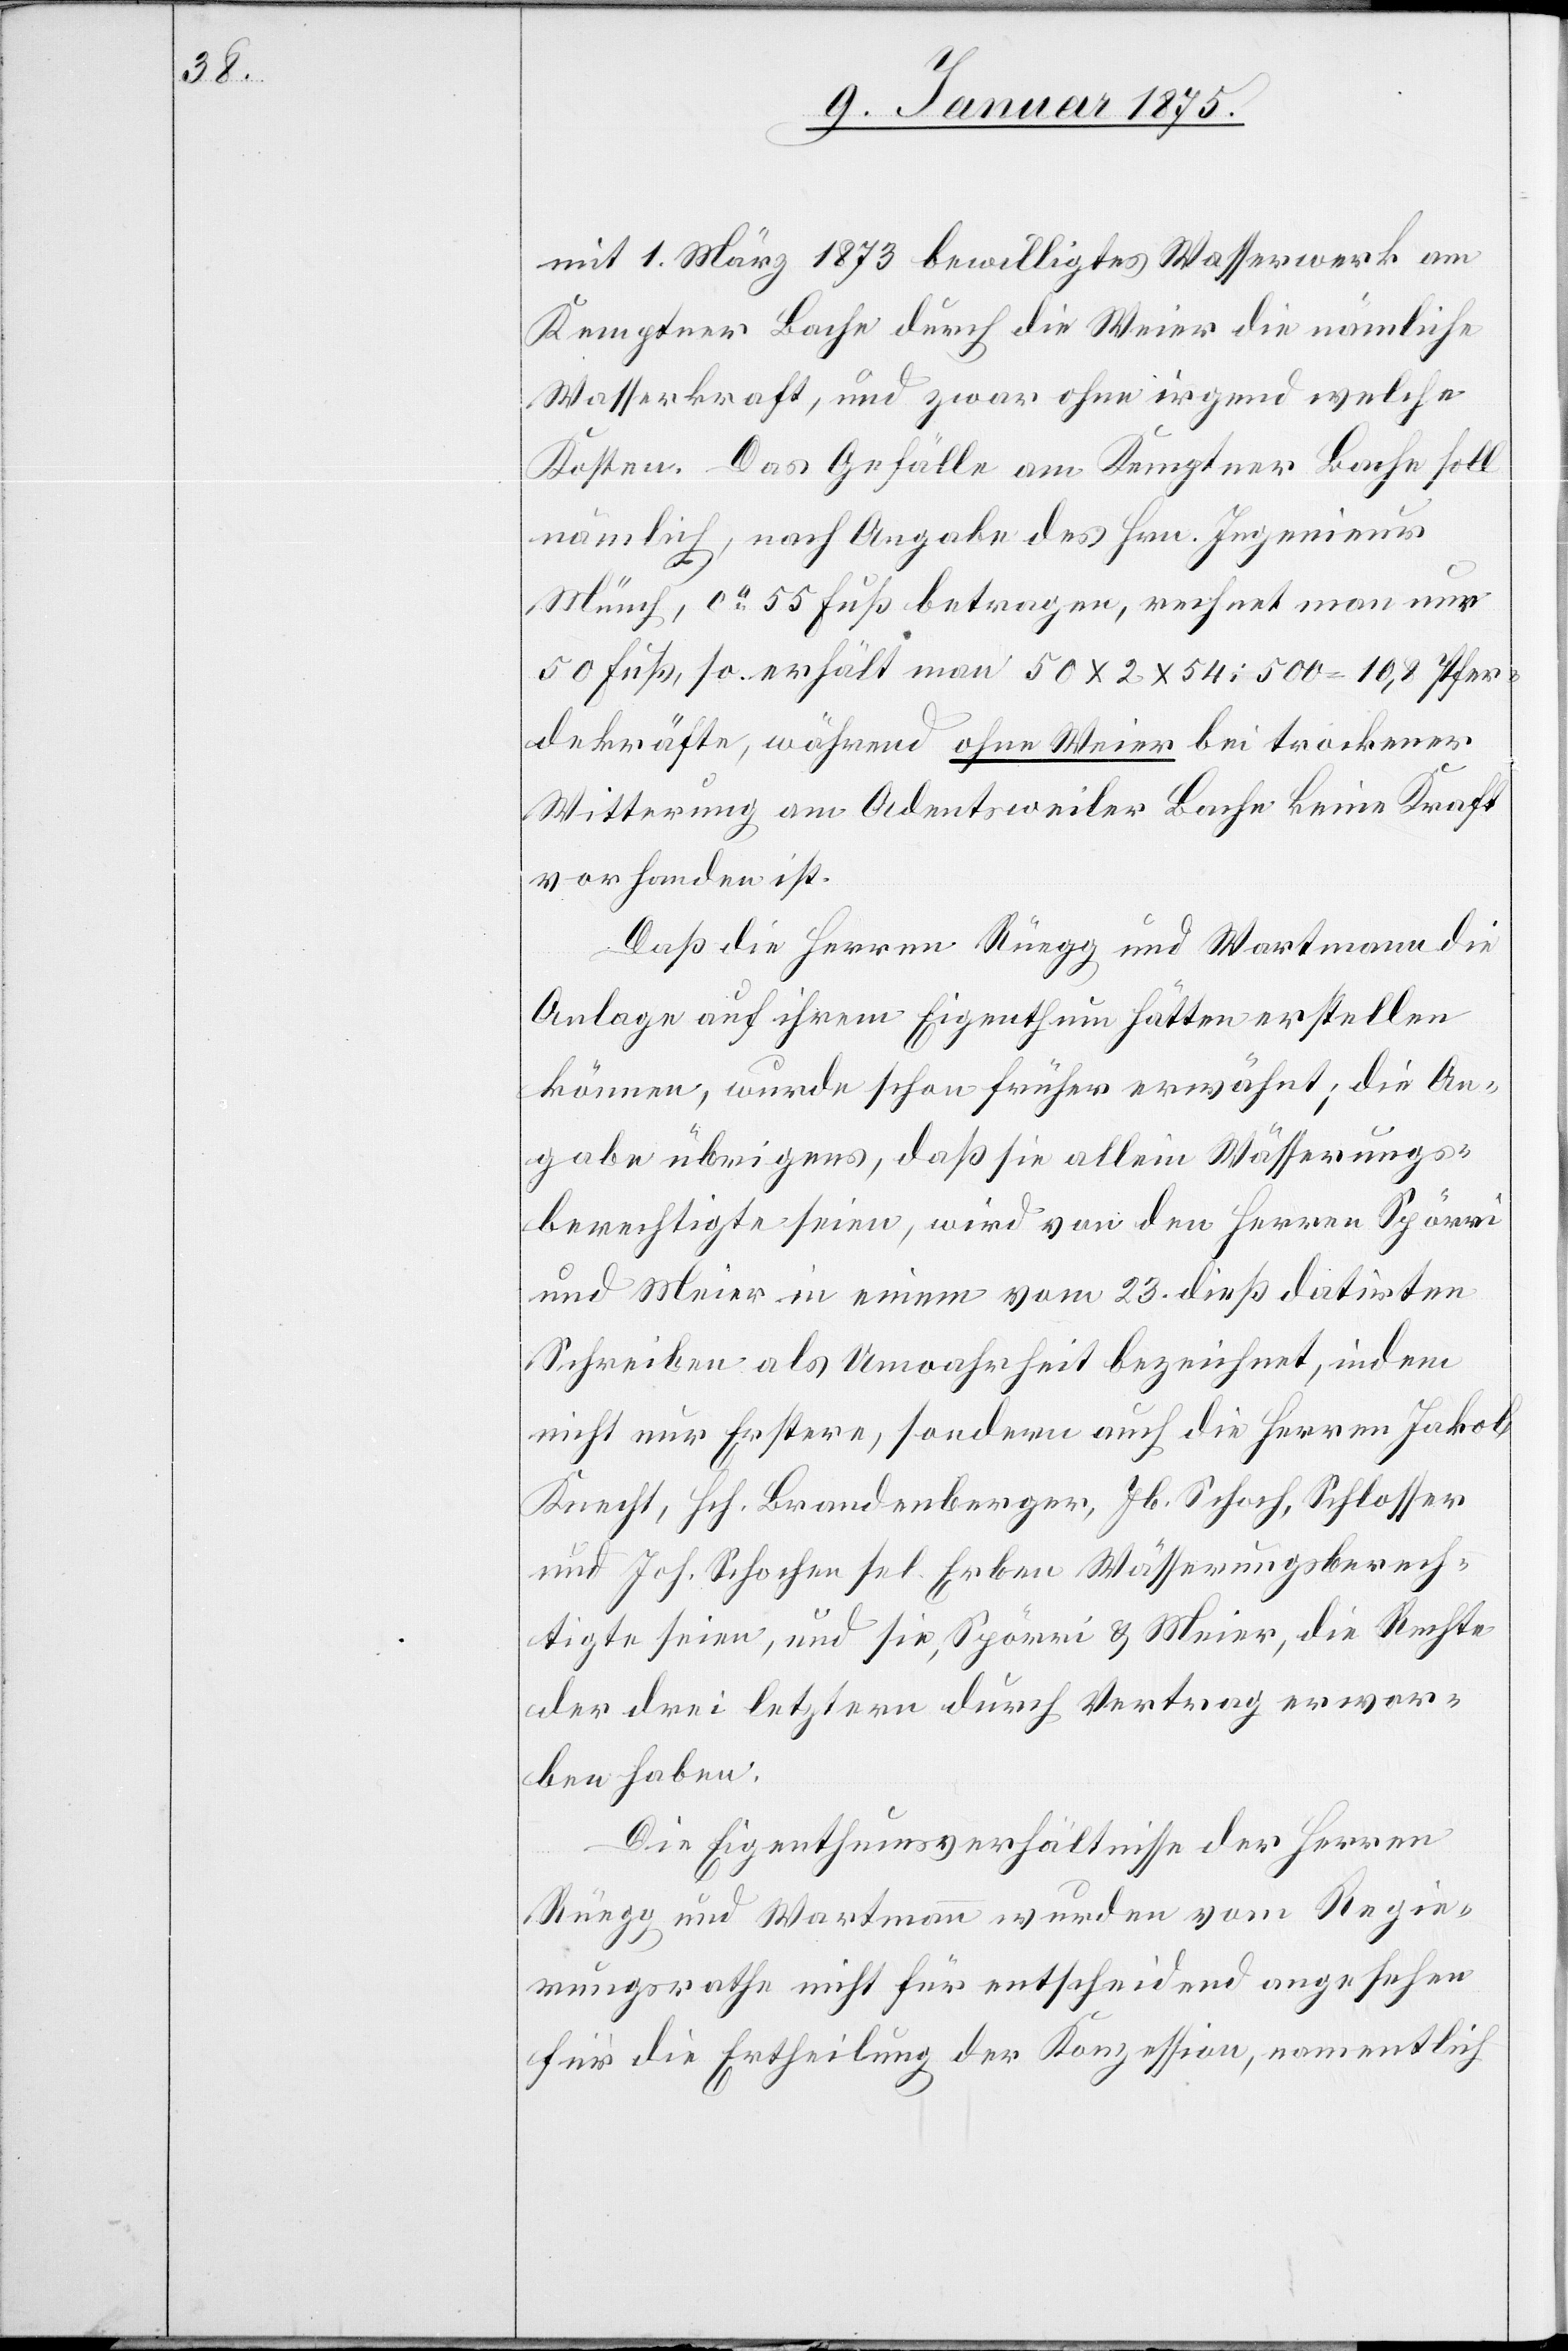
mit 1. März 1873 bewilligtes Wasserwerk am
Kemptner Bache durch die Weier die nämliche
Wasserkraft, und zwar ohne irgend welche
Kosten. Das Gefälle am Kemptner Bache soll
nämlich, nach Angabe des Hrn. Ingenieur
Münch, ca 55 Fuß betragen, rechnet man nun
50 Fuß, so erhält man 50 x 2 x 54 : 500 = 10,8 Pfer¬
dekräfte, während ohne Weier bei trockener
Witterung am Adentsweiler Bache keine Kraft
vorhanden ist.
Daß die Herren Rüegg und Wartmann die
Anlage auf ihrem Eigenthum hätten erstellen
können, wurde schon früher erwähnt; die An¬
gabe übrigens, daß sie allein Wässerungs¬
berechtigte seien, wird von den Herren Spörri
und Meier in einem vom 23. dieß datirten
Schreiben als Unwahrheit bezeichnet, indem
nicht nur Erstere, sondern auch die Herren Jakob
Knecht, Hch. Brandenberger, Jb. Schoch, Schlosser
und Joh. Schochen sel. Erben Wässerungsberech¬
tigte seien, und sie, Spörri & Meier, die Rechte
der drei letztern durch Vertrag erwor¬
ben haben.
Die Eigenthumsverhältnisse der Herren
Rüegg und Wartmann wurden vom Regie¬
rungsrathe nicht für entscheidend angesehen
für die Ertheilung der Konzession, namentlich